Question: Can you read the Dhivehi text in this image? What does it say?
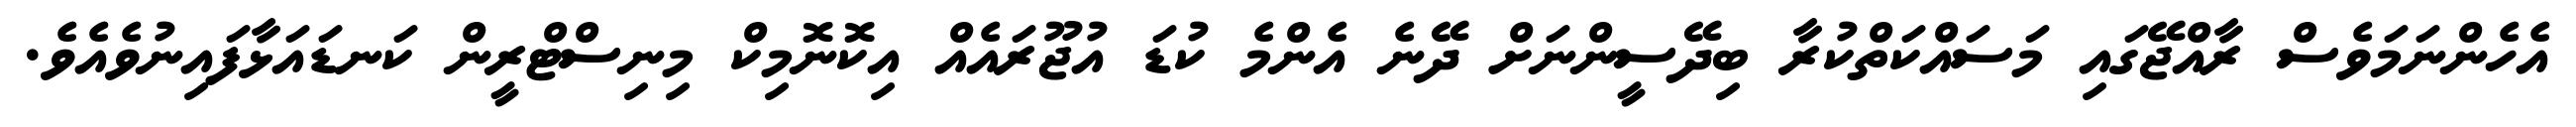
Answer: އެހެންނަމަވެސް ރާއްޖޭގައި މަސައްކަތްކުރާ ބިދޭސީންނަށް ދޭނެ އެންމެ ކުޑަ އުޖޫރައެއް އިކޮނޮމިކް މިނިސްޓްރީން ކަނޑައަޅާފައިނުވެއެވެ.